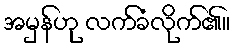
အမှန်ဟု လက်ခံလိုက်၏။